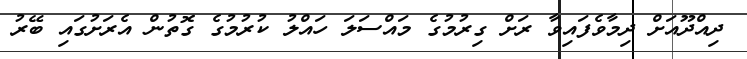
ދިއްދޫއަށް ދިމާވެފައިވާ ރަށް ގިރުމުގެ މައްސަލަ ހައްލު ކުރުމުގެ ގޮތުން އެރަށުގައި ބޭރު